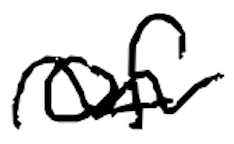
Text: of
Cross-out: wave
Writing tool: digital_black